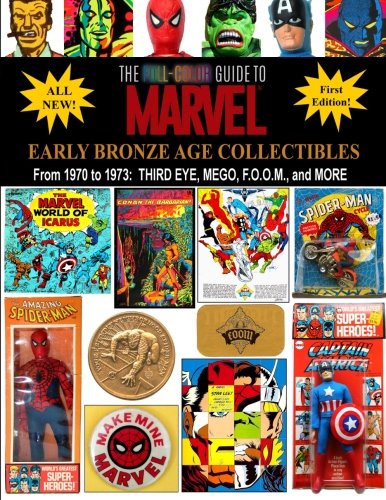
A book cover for The Full-Color Guide to Marvel Early Bronze Age Collectibles:  From 1970 to 1973: Third Eye, Mego, F.O.O.M., and More (Full-Color Guide to Marvel Collectibles) (Volume 2); J. Ballmann; Crafts, Hobbies & Home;